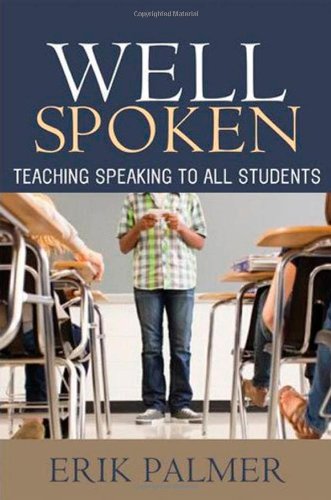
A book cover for Well Spoken: Teaching Speaking to All Students; Erik Palmer; Reference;